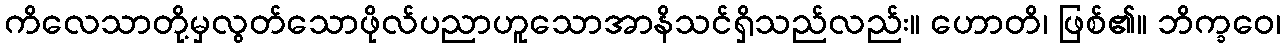
ကိလေသာတို့မှလွတ်သောဖိုလ်ပညာဟူသောအာနိသင်ရှိသည်လည်း။ ဟောတိ၊ ဖြစ်၏။ ဘိက္ခဝေ၊